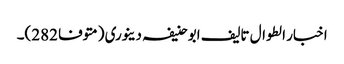
اخبار الطوال تالیف ابو حنیفہ دینوری (متوفا 282)۔